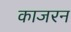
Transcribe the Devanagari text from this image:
काजरन